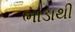
ભાડાથી